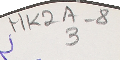
MK2A-83